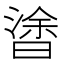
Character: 𣉯